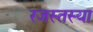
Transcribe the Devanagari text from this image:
रजस्तस्या